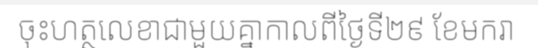
ចុះហត្ថលេខាជាមួយគ្នាកាលពីថ្ងៃទី២៩ ខែមករា